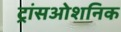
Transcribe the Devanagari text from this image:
ट्रांसओशनिक